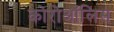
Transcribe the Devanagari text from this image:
कोरोऑलिस